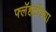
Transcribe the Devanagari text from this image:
फ्लॅहर्टीच्या